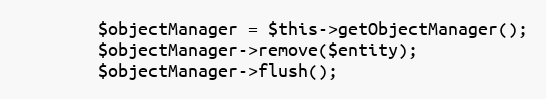
Language: PHP
        $objectManager = $this->getObjectManager();
        $objectManager->remove($entity);
        $objectManager->flush();